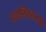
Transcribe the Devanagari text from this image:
वदरिकाश्रम